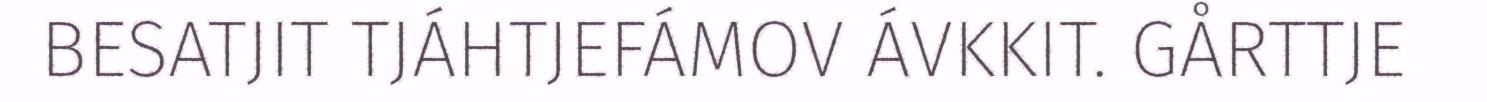
BESATJIT TJÁHTJEFÁMOV ÁVKKIT. GÅRTTJE